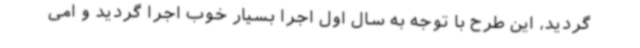
گردید، این طرح با توجه به سال اول اجرا بسیار خوب اجرا گردید و امی